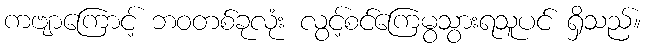
ကဗျာကြောင့် ဘဝတစ်ခုလုံး လွင့်စင်ကြေမွသွားရသူပင် ရှိသည်။